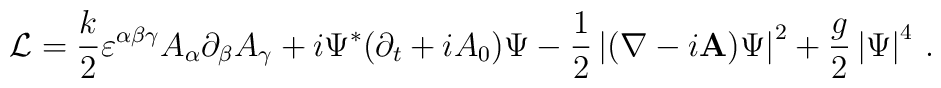
{\cal L} = {\frac {k} {2}}\varepsilon^{\alpha \beta \gamma}A_{\alpha}\partial_{\beta}A_{\gamma} + i\Psi^{\ast}(\partial_{t}+iA_{0})\Psi - {\frac {1} {2}}\left |(\nabla - i{\bf A})\Psi \right|^{2} + {\frac {g} {2}}\left|\Psi \right|^{4} \, .